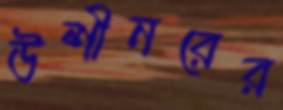
উশীনরের